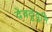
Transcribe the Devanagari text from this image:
देवदुंदुभि